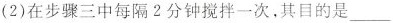
(2)在步骤三中每隔2分钟搅拌一次，其目的是___